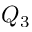
Q _ { 3 }